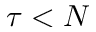
\tau < N